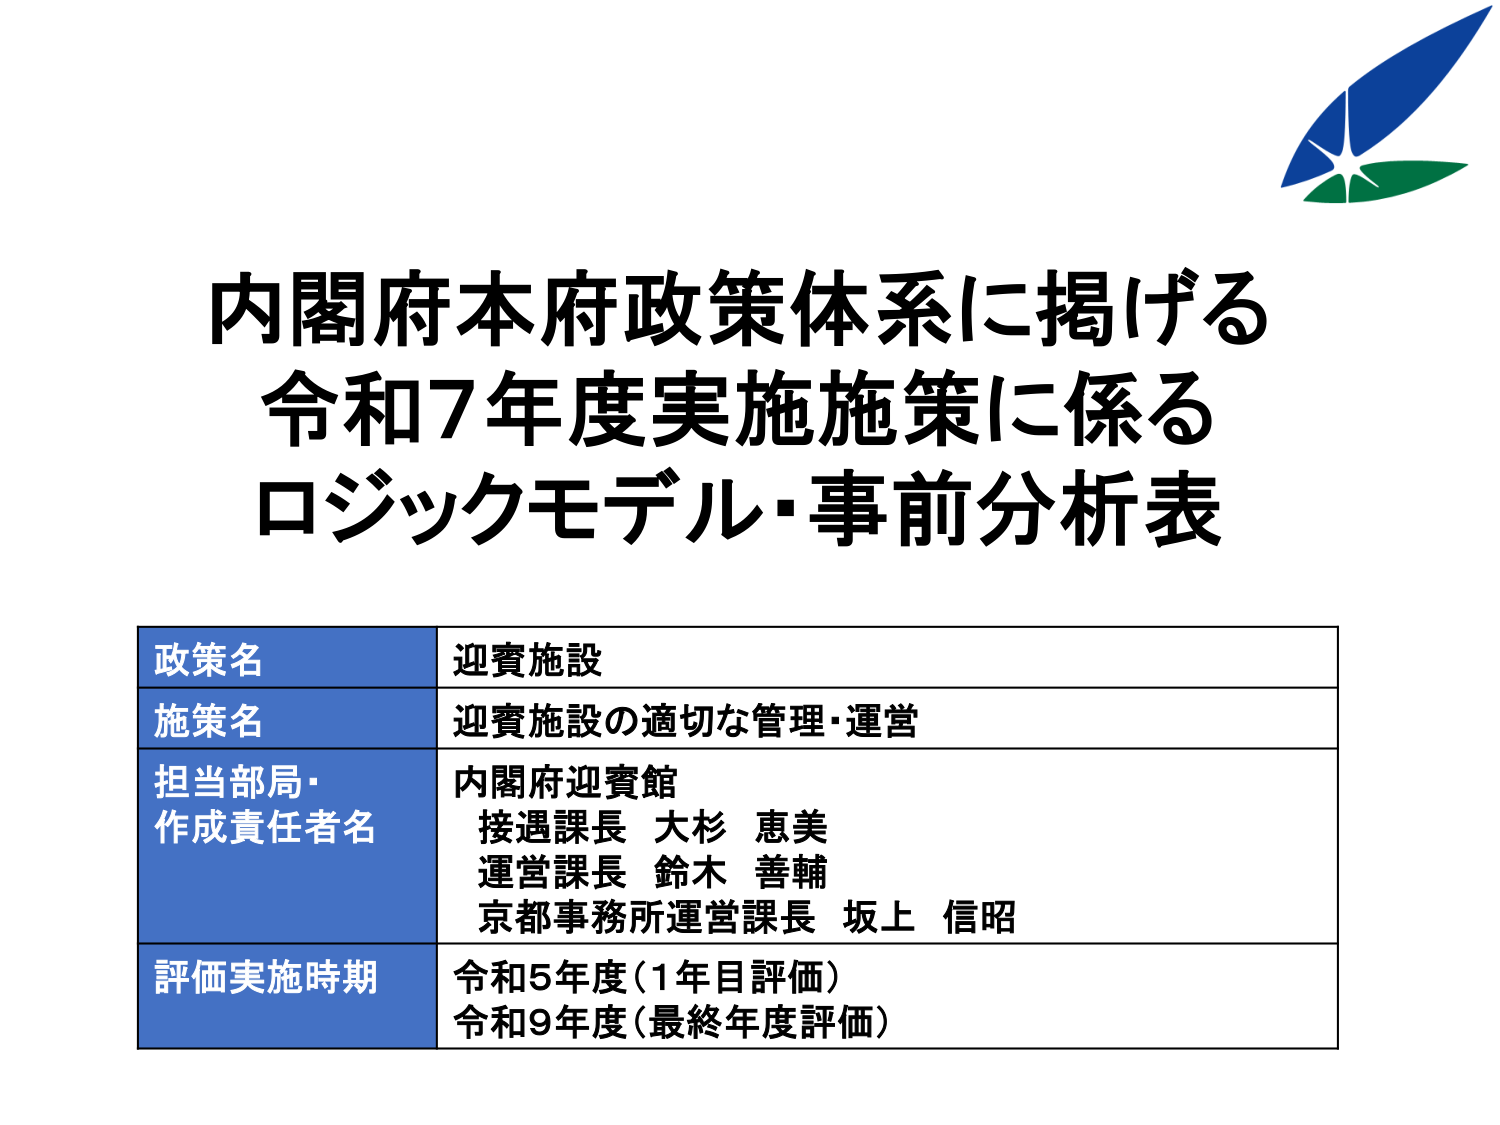
内閣府本府政策体系に掲げる
令和7年度実施施策に係る
ロジックモデル・事前分析表

政策名　迎賓施設
施策名　迎賓施設の適切な管理・運営
担当部局・作成責任者名　内閣府迎賓館
　　　　　　　　　　　接遇課長 大杉 恵美
　　　　　　　　　　　運営課長 鈴木 善輔
　　　　　　　　　　　京都事務所運営課長 坂上 信昭
評価実施時期　令和5年度（1年目評価）
　　　　　　　令和9年度（最終年度評価）